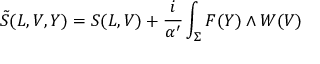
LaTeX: \tilde { S } ( L , V , Y ) = S ( L , V ) + \frac { i } { \alpha ^ { \prime } } \int _ { \Sigma } F ( Y ) \wedge W ( V )